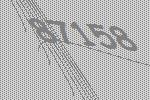
87158